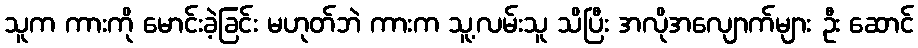
သူက ကားကို မောင်းခဲ့ခြင်း မဟုတ်ဘဲ ကားက သူ့လမ်းသူ သိပြီး အလိုအလျောက်များ ဦး ဆောင်